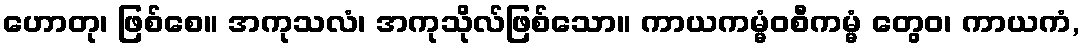
ဟောတု၊ ဖြစ်စေ။ အကုသလံ၊ အကုသိုလ်ဖြစ်သော။ ကာယကမ္မံဝစီကမ္မံ တွေဝ၊ ကာယကံ,